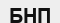
БНП